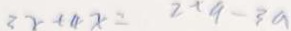
3 x - ( 4 x = 2 \times 9 - 3 a